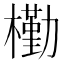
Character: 𣝀